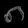
Digit: ၈